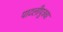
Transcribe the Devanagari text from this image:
पाटलीपुत्रचा